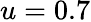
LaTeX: u=0.7